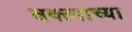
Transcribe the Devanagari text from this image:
वक्त्याच्या